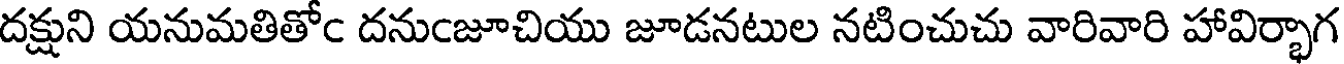
దక్షుని యనుమతితోఁ దనుఁజూచియు జూడనటుల నటించుచు వారివారి హావిర్భాగ